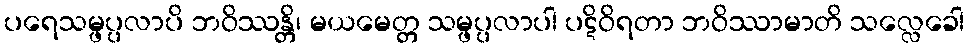
ပရေသမ္ဖပ္ပလာပိ ဘဝိဿန္တိ၊ မယမေတ္တ သမ္ဖပ္ပလာပါ ပဋိဝိရတာ ဘဝိဿာမာတိ သလ္လေခေါ